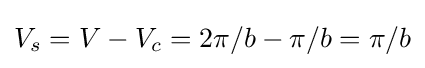
V_{s}=V-V_{c}=2\pi /b-\pi /b=\pi /b